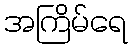
အကြိမ်ရေ